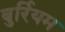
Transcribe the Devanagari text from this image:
बुर्रियम